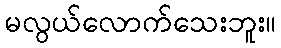
မလွယ်လောက်သေးဘူး။